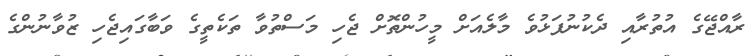
ރާއްޖޭގެ އުތުރާއި ދެކުނުފަޅުވެ މާލެއަށް މީހުންތޮށް ޖެހި މަސްތުވާ ތަކެތީގެ ވަބާގައިޖެހި ޒުވާނުންގެ